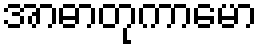
အာဓာတုကာမော